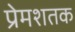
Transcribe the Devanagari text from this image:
प्रेमशतक